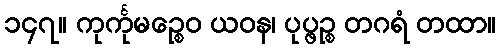
၁၄၇။ ကုင်္ကုမဉ္စေဝ ယဝန၊ ပုပ္ဖဉ္စ တဂရံ တထာ။